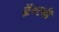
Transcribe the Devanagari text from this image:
ब्रॅन्स्बी